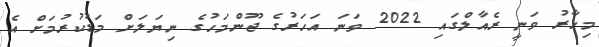
މިހާރު ވަނީ ރެއާލްގައި 2022 ވަނަ އަހަރުގެ ޖޫންމަހުގެ ނިޔަލަށް މަޑުކުރުމަށް އެ